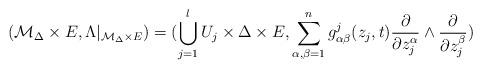
LaTeX: \begin{align*}(\mathcal{M}_{\Delta}\times E,\Lambda|_{\mathcal{M}_{\Delta}\times E})=(\bigcup_{j=1}^l U_j\times \Delta\times E, \sum_{\alpha,\beta=1}^n g_{\alpha\beta}^j(z_j,t)\frac{\partial}{\partial z_j^{\alpha}}\wedge\frac{\partial}{\partial z_j^{\beta}})\end{align*}